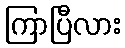
ကြာပြီလား